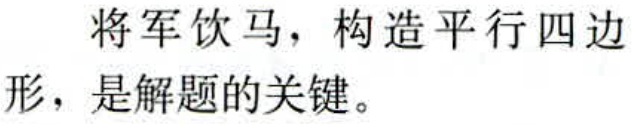
将军饮马，构造平行四边形，是解题的关键。